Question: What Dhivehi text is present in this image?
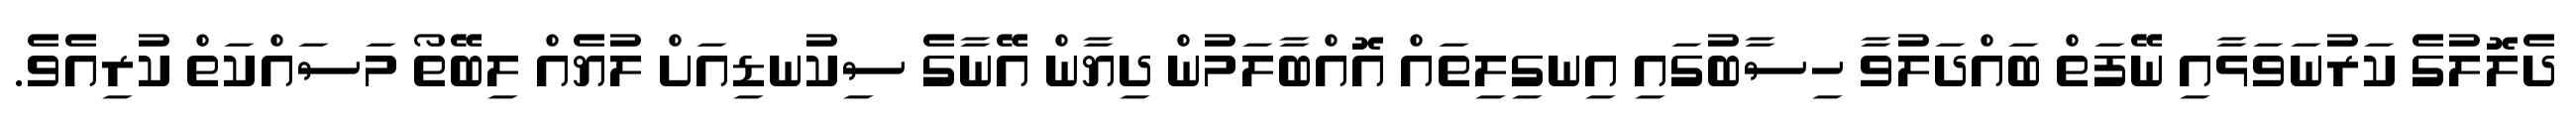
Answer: ދެލޮލުގެ ކަރުނަވަޅާއި ނޭފަތް ބައްދަލުވާ ހިސާބުގައި އިނގިލިތައް އޮއްބާލަމުން ދިޔާން އޭނާގެ ސިކުނޑިއަށް ލުޔެއް ލިބޭތޯ މަސައްކަތް ކުރިއެވެ.